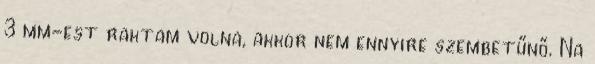
3 mm-est raktam volna, akkor nem ennyire szembetűnő. Na